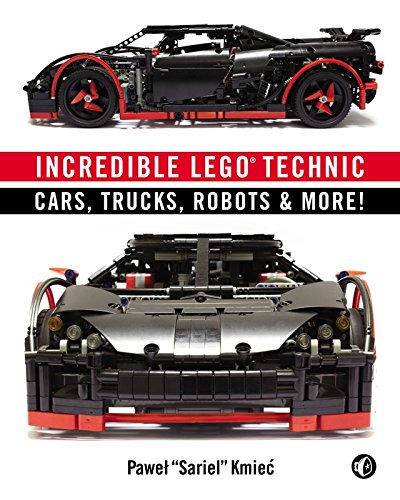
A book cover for Incredible LEGO Technic: Cars, Trucks, Robots & More!; Pawel "Sariel" Kmiec; Crafts, Hobbies & Home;